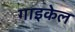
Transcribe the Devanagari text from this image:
गाइकेल